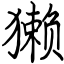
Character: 獭